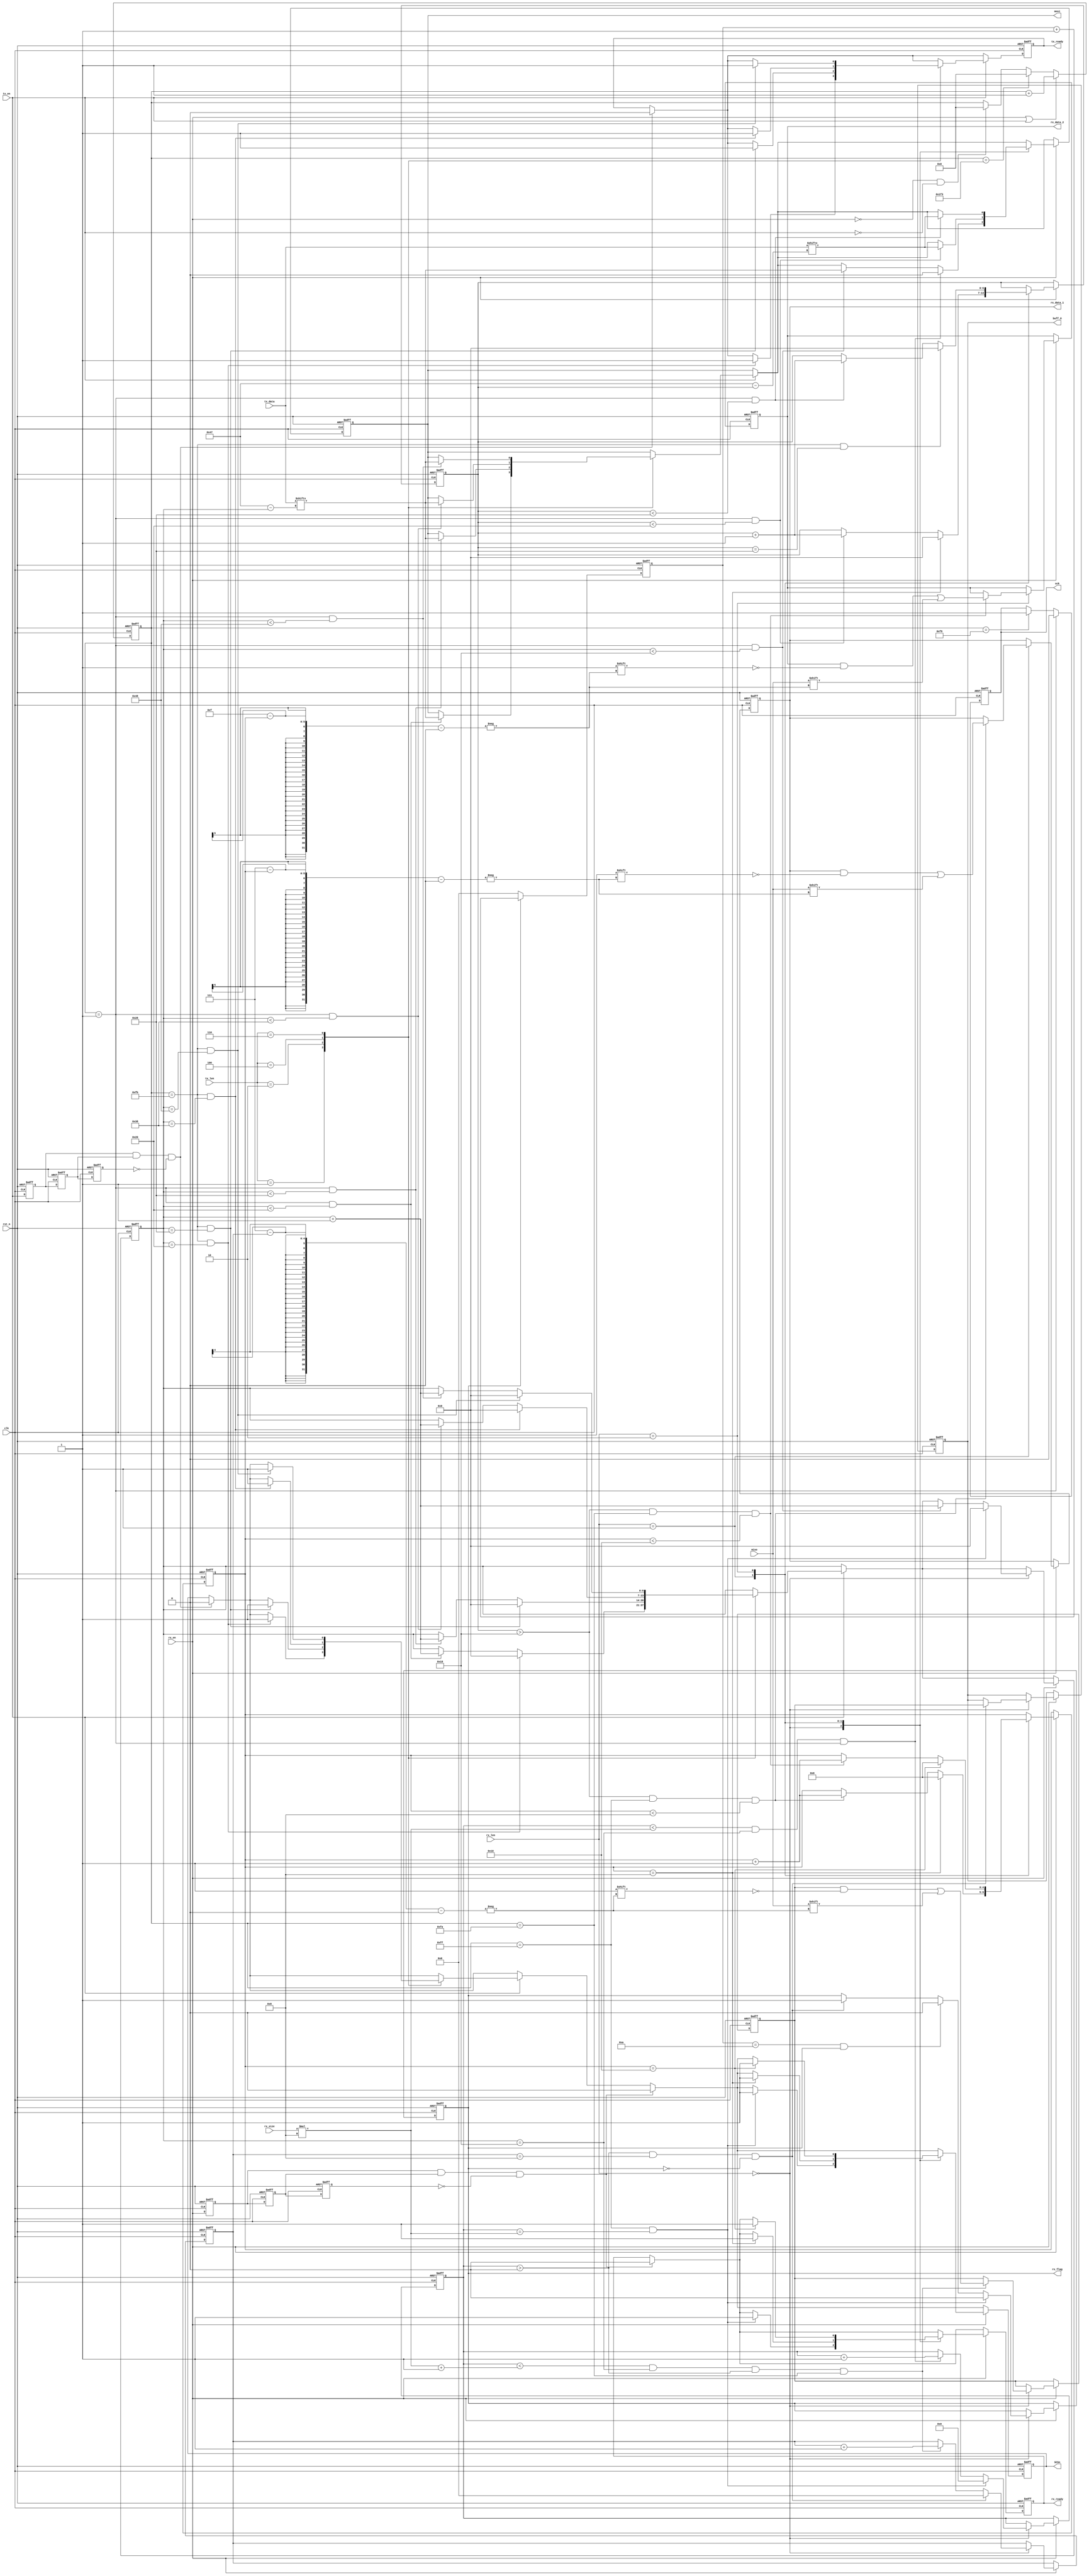
module SPI( clk,rst_n,
				sck,mosi,miso,
				rx_data_1,rx_data_2,tx_data,
				tx_en,rx_en,
				tx_len,rx_len,
				rx_size,
				tx_ready,rx_ready,rx_flag,
				SCSn,buff_8
				);
input clk;		
input rst_n;
input miso;
input [71:0] tx_data;		//SPI6
input tx_en;				//
input rx_en;				//
input [2:0] tx_len;		//
input [1:0] rx_len;		//
input [15:0] rx_size;	//
 
output sck;					//SPI
output  reg mosi;
output reg [7:0] rx_data_1;	//SPI
output reg [15:0] rx_data_2;	//SPI
output reg tx_ready;			//
output reg rx_ready;			//1/2
output reg SCSn;
output reg rx_flag;
output reg [7:0] buff_8;

parameter CLKSPI = 9'd500;

//tx_encntSPI
reg tx_en_1;
reg tx_en_2;
reg tx_en_3;
always @(posedge clk or negedge rst_n)
	if (!rst_n)
		begin
			tx_en_1 <= 1'b0;
			tx_en_2 <= 1'b0;
			tx_en_3 <= 1'b0;
		end
	else 
		begin 
			tx_en_1 <= tx_en;
			tx_en_2 <= tx_en_1;
			tx_en_3 <= tx_en_2;
		end
wire tx_en_pos;					//tx_en
assign tx_en_pos = tx_en_1 & tx_en_2 & (~tx_en_3);
		
//rx_encntSPI		
reg rx_en_1;
reg rx_en_2;
reg rx_en_3;
always @(posedge clk or negedge rst_n)
	if (!rst_n)
		begin
			rx_en_1 <= 1'b0;
			rx_en_2 <= 1'b0;
			rx_en_3 <= 1'b0;
		end
	else 
		begin 
			rx_en_1 <= rx_en;
			rx_en_2 <= rx_en_1;
			rx_en_3 <= rx_en_2;
		end
wire rx_en_pos;					//tx_en
assign rx_en_pos = rx_en_1 & rx_en_2 & (~rx_en_3);		
		

//100KSPI
reg [8:0] cnt;
always @(posedge clk or negedge rst_n)
	if(!rst_n)
		cnt <= 9'd0;
	else 
		begin
			if (rx_en == 1'b0 &&  tx_en == 1'b0)	
				cnt <= 9'd0;
			if (cnt == 9'd499)
				cnt <= 9'd0;
			if (rx_en == 1'b1 ||  tx_en == 1'b1)
				cnt <= cnt + 1'b1;
		end
		
		
	// else if (tx_en_pos || rx_en_pos)
		// cnt <= 9'd0;
	// else if(cnt == 9'd499 && (tx_en | rx_en) == 1'b1)	//
		// cnt <= 9'd0;
	// else if(cnt < 9'd499 && (tx_en | rx_en) == 1'b1)		//SPI
		// cnt <= cnt + 1'b1;
reg sck_r;
always @(posedge clk or negedge rst_n)
	if (!rst_n)
		sck_r <= 1'b1;
	else if (cnt == 9'd1)
		sck_r <= 1'b0;
	else if (cnt == CLKSPI/2 - 1)
		sck_r <= 1'b1;

assign sck = sck_r;		
//10
reg [3:0] cnt_delay10;
always @(posedge clk or negedge rst_n)
	if (!rst_n) cnt_delay10 <= 4'd0;
	else if (rx_flag == 1'b1) cnt_delay10 <= cnt_delay10 + 1'b1;
	else if (rx_flag == 1'b0) cnt_delay10 <= 4'd0;
		
//1/2/4/6
reg [6:0] num;			//
reg [4:0] num_rx;
reg [6:0] num_tx;
reg [13:0] num_bit;
reg [2:0] num_byte;
reg [3:0] byte_8;
reg [7:0] data_8;
always @(posedge clk or negedge rst_n)
	if (!rst_n)
		begin
			num <= 7'b0;
			num_rx <= 5'd0;
			num_tx <= 7'd0;
			rx_ready <= 1'd0;
			tx_ready <= 1'd0;
			mosi <= 1'b0;			
			SCSn <= 1'b1;
			num_bit <= 14'd0;
			num_byte <= 3'd0;
			rx_flag <= 1'b0;
			byte_8 <= 4'd0;
			data_8 <= 8'd0;
			rx_data_1 <= 8'd0;
			buff_8 <= 8'h00;
			rx_data_2 <= 16'h0000;
		end
	else 
		begin
			if (tx_en_pos)  //
			begin
				tx_ready <= 1'b0;		//0
				SCSn <= 1'b0;	
			end
			if (tx_en == 1'b1)
			begin
			case (tx_len)
				3'd1: begin		//	
						if (cnt == 9'd1 && num < 7'd32)		//SCSn == 1'b0SCSn
							begin
								num <= num + 1'b1;
								mosi <= tx_data[71-num];
								//tx_ready <= 1'b0;//
							end
						if (cnt == 9'd251 && num == 7'd32) 
							begin
								num <= 7'd0;
								tx_ready <= 1'b1;
								SCSn <= 1'b1;
							end
				end
				
				3'd2:	begin		//	
						if (cnt == 9'd1 && num < 7'd40)
							begin
								num <= num + 1'b1;
								mosi <= tx_data[71-num];
								//tx_ready <= 1'b0;//
							end
						if (cnt == 9'd251 && num == 7'd40) 
							begin
								num <= 7'd0;
								tx_ready <= 1'b1;
								SCSn <= 1'b1;
							end
				end
				
				3'd4: begin		//
						if (cnt == 9'd1 && num < 7'd56)
							begin
								num <= num + 1'b1;
								mosi <= tx_data[71-num];
								//tx_ready <= 1'b0;//
							end
						if (cnt == 9'd251 && num == 7'd56) 
							begin
								num <= 7'd0;
								tx_ready <= 1'b1;
								SCSn <= 1'b1;
							end
				end
				
				3'd6: begin		//
						if (cnt == 9'd1 && num < 7'd72)
							begin
								num <= num + 1'b1;
								mosi <= tx_data[71-num];
								//tx_ready <= 1'b0;//
							end
						if (cnt == 9'd251 && num == 7'd72) 
							begin
								num <= 7'd0;
								tx_ready <= 1'b1;
								SCSn <= 1'b1;
							end
					end		
			endcase
		end

			//1/2
			if (rx_en_pos)
			begin 
				rx_ready <= 1'b0;		//0
				SCSn <= 1'b0;
			end
			if (rx_en == 1'b1)
			begin
			case (rx_len)
				2'd0: begin	//						
						if (cnt == 9'd1 && num < 7'd24)		
							begin
								num <= num + 1'b1;
								mosi <= tx_data[71-num];
								//tx_ready <= 1'b0;
							end
						if (num_bit < rx_size * 8 && num == 7'd24 && cnt == 9'd1)
							begin
								mosi <= 1'b0;
								num_bit <= num_bit + 1'b1;
								//num_byte <= num_byte + 1'b1;
							end
						if (num_bit < (rx_size * 8 + 1'b1)  && num == 7'd24 && num_bit > 14'd0 && cnt == 9'd250)
							begin
								byte_8 <= byte_8 + 1'b1;
								data_8[7-byte_8] <= miso;
							end
						if (num_bit > 14'd0 && byte_8 == 4'd8 && rx_flag == 1'b0)
							begin								
								rx_flag <= 1'b1;
								buff_8 <= data_8;		//
								byte_8 <= 4'd0;
							end
						if (cnt_delay10 == 4'd10 && rx_flag == 1'b1)
							begin
								rx_flag <= 1'b0;
							end
						if (cnt == 9'd255 && num_bit == rx_size * 8) 
							begin
								num <= 7'd0;
								num_bit <=14'd0;
								rx_ready <= 1'b1;
								SCSn <= 1'b1;
								rx_flag <= 1'b0;
							end						
				end			
				2'd1:	begin			
						if (cnt == 9'd1 && num_tx < 7'd32)
							begin
								num_tx <= num_tx + 1'b1;
								mosi <= tx_data[71-num_tx];
							end
						// if (cnt == 9'd251 && num_tx == 7'd32) 
							// begin
								// num_tx <= 7'd0;
								
							// end	
						if (num_tx > 7'd24 && cnt == 9'd255 && num_rx < 5'd8)
							begin
								num_rx <= num_rx + 1'b1;
								rx_data_1[7 - num_rx] <= miso;
							end
						if (num_rx == 5'd8)
							begin
								num_tx <= 7'd0;
								num_rx <= 5'd0;
								rx_ready <= 1'b1;
								SCSn <= 1'b1;
							end					
				end
				
				2'd2:	begin
						if (cnt == 9'd1 && num_tx < 7'd40)
							begin
								num_tx <= num_tx + 1'b1;
								mosi <= tx_data[71-num_tx];
							end
						if (cnt == 9'd251 && num_tx == 7'd40) 
							begin
								num_tx <= 7'd0;
								//rx_ready <= 1'b0;
							end	
						if (num_tx > 7'd24 && cnt == 9'd250 && num_rx < 5'd16)
							begin
								num_rx <= num_rx + 1'b1;
								rx_data_2[15 - num_rx] <= miso;
							end
						if (num_rx == 5'd16)
							begin
								num_rx <= 5'd0;
								rx_ready <= 1'b1;
								SCSn <= 1'b1;
							end
					end
			endcase
			end
				
		end
	

endmodule